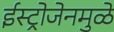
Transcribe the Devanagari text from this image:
ईस्ट्रोजेनमुळे